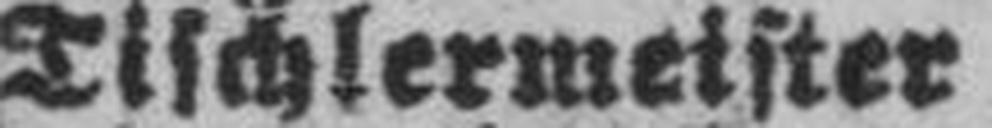
Tischlermeister